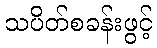
သပိတ်စခန်းဖွင့်